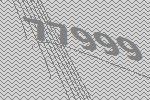
77999